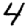
Digit: 4